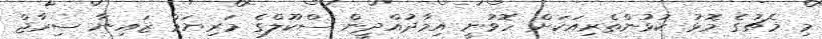
މި މެޗުގެ މޮޅު ކުޅުންތެރިއަކަށް ހޮވުނީ އިމާދުއްދީން ސްކޫލްގެ މަރިޔަމް ޒައިނާ ސިރާޖް